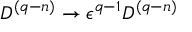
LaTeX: { \cal D } ^ { ( q - n ) } \rightarrow \epsilon ^ { q - 1 } { \cal D } ^ { ( q - n ) }